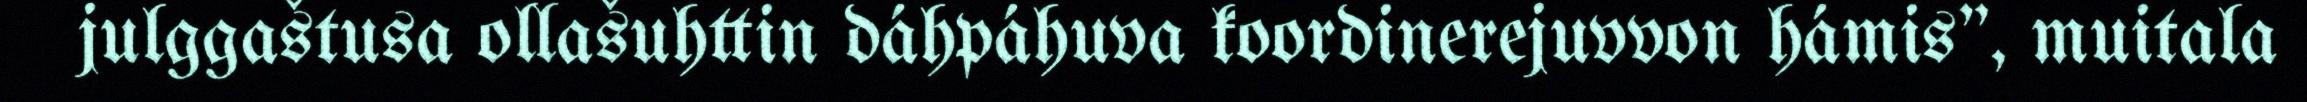
julggaštusa ollašuhttin dáhpáhuva koordinerejuvvon hámis", muitala